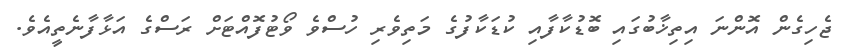
ޖެހިގެން އޮންނަ އިތިޚާބުގައި ބޮޑުކާފާއި ކުޑަކާފުގެ މަތިވެރި ހުސްވެ ވޯޓުފޮއްޓަށް ރަސްގެ އަޅާފާނެތީއެވެ.